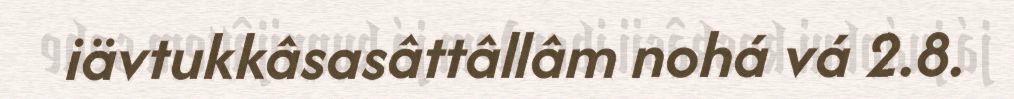
iävtukkâsasâttâllâm nohá vá 2.8.